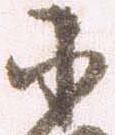
小